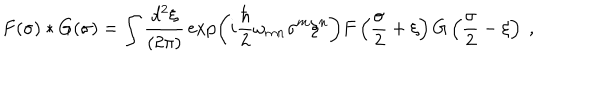
F ( \sigma ) \ast G ( \sigma ) = \int { \frac { d ^ { 2 } \xi } { ( 2 \pi ) } } \exp \left( i { \frac { \hbar } { 2 } } \omega _ { m n } \sigma ^ { m } \xi ^ { n } \right) F \left( { \frac { \sigma } { 2 } } + \xi \right) G \left( { \frac { \sigma } { 2 } } - \xi \right) \ ,